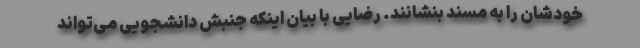
خودشان را به مسند بنشانند. رضایی با بیان اینکه جنبش دانشجویی می‌تواند